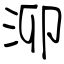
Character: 泖